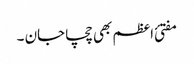
مفتئ اعظم بھی چچا جان ۔